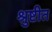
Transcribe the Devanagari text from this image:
श्रुष्टीत